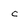
Character: c